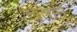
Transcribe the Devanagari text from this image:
खतान